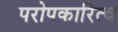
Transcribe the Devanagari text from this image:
परोपकारित्व